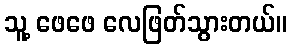
သူ့ ဖေဖေ လေဖြတ်သွားတယ်။